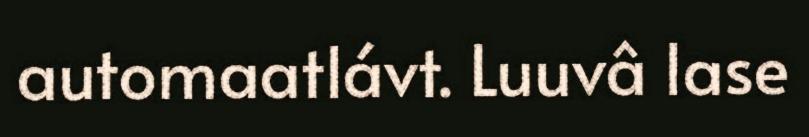
automaatlávt. Luuvâ lase